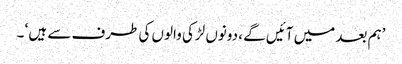
’ہم بعد میں آئیں گے ، دونوں لڑکی والوں کی طرف سے ہیں ‘ ۔